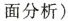
面分析)